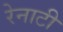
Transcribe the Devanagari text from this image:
रेनाटी